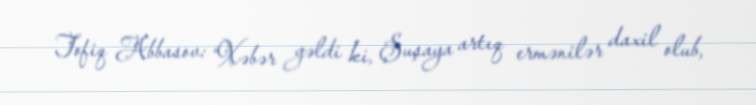
Tofiq Abbasov: “Xəbər gəldi ki, Şuşaya artıq ermənilər daxil olub,